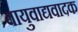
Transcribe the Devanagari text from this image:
वायुवाद्यवादक